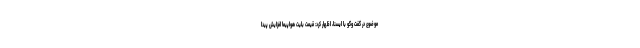
موضوع در گفت وگو با ایسنا، اظهار کرد: قیمت بلیت هواپیما افزایش پیدا